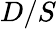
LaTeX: D/S